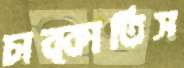
চাব্‌কাতিস